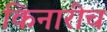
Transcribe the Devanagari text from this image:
किनारीच